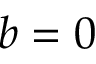
b = 0